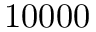
1 0 0 0 0